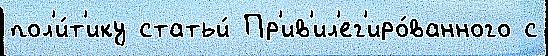
пол'и́т'ику статьи́ Пр'ив'ил'ег'иро́ванного с